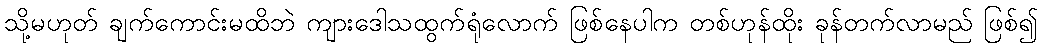
သို့မဟုတ် ချက်ကောင်းမထိဘဲ ကျားဒေါသထွက်ရုံလောက် ဖြစ်နေပါက တစ်ဟုန်ထိုး ခုန်တက်လာမည် ဖြစ်၍